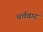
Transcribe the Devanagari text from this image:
चर्चवाद